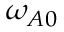
\omega _ { A 0 }